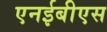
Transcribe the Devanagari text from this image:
एनईबीएस